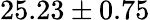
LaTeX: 25.23\pm 0.75